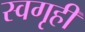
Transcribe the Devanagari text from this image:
स्वगृहीं